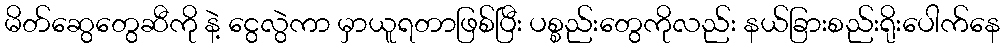
မိတ်ဆွေတွေဆီကို နဲ့ ငွေလွဲကာ မှာယူရတာဖြစ်ပြီး ပစ္စည်းတွေကိုလည်း နယ်ခြားစည်းရိုးပေါက်နေ